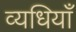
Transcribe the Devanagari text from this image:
व्यधियाँ